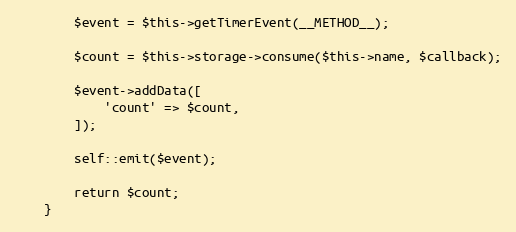
Language: PHP
        $event = $this->getTimerEvent(__METHOD__);

        $count = $this->storage->consume($this->name, $callback);

        $event->addData([
            'count' => $count,
        ]);

        self::emit($event);

        return $count;
    }